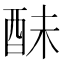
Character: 𨠝